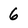
Character: 6